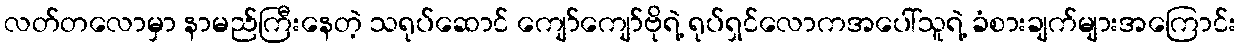
လတ်တလောမှာ နာမည်ကြီးနေတဲ့ သရုပ်ဆောင် ကျော်ကျော်ဗိုရဲ့ ရုပ်ရှင်လောကအပေါ်သူရဲ့ ခံစားချက်များအကြောင်း